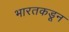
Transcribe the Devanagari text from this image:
भारतकडून